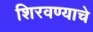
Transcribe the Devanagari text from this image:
शिरवण्याचे